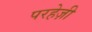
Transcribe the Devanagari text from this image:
परहेज़ी